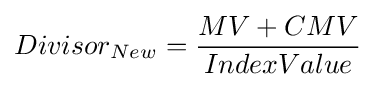
Divisor_{New}={MV+CMV \over IndexValue}